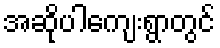
အဆိုပါကျေးရွာတွင်